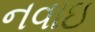
નવાઇ